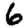
Digit: 6